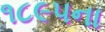
૧૮૯૫ના